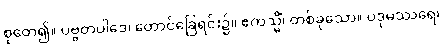
စုတေ၍။ ပဗ္ဗတပါဒေ၊ တောင်ခြေရင်း၌။ ဧကသ္မိံ၊ တစ်ခုသော။ ပဒုမဿရေ၊